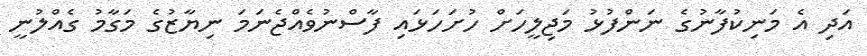
އަދި އެ މަނިކުފާނުގެ ނަންފުޅު މަޖިލީހަށް ހުށަހަޅައި ފާސްނުވެއްޖެނަމަ ނިޔާޒުގެ މަގާމު ގެއްލުނީ